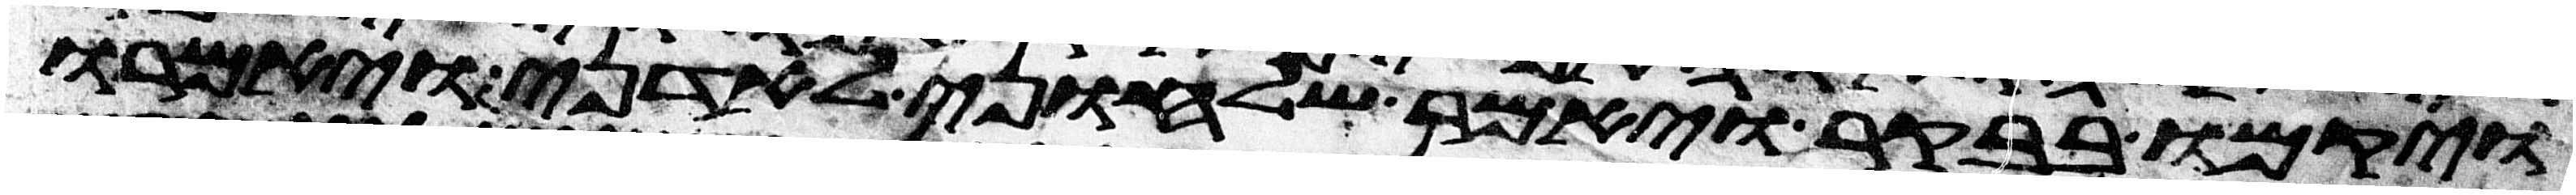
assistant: ויקמו בבקר ויאמר שלחוני לאדני ויאמרו